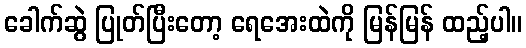
ခေါက်ဆွဲ ပြုတ်ပြီးတော့ ရေအေးထဲကို မြန်မြန် ထည့်ပါ။